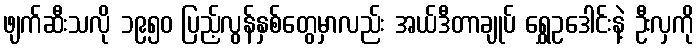
ဖျက်ဆီးသလို ၁၉၅၀ ပြည့်လွန်နှစ်တွေမှာလည်း အယ်ဒီတာချုပ် ရွှေဥဒေါင်းနဲ့ ဦးလှကို